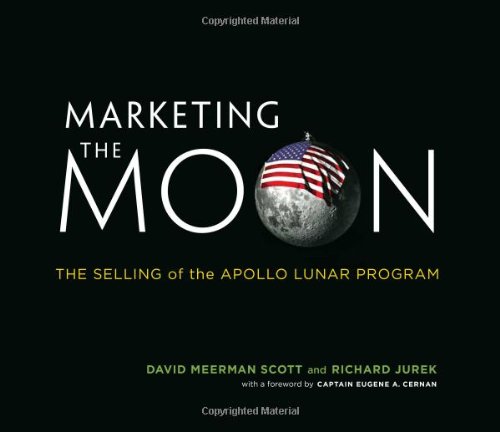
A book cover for Marketing the Moon: The Selling of the Apollo Lunar Program; David Meerman Scott; Business & Money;